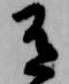
有